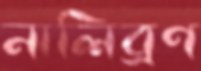
নালিব্রণ